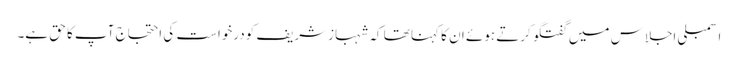
اسمبلی اجلاس میں گفتگو کرتے ہوئے ان کا کہنا تھا کہ شہبازشریف کودرخواست کی احتجاج آپ کا حق ہے۔